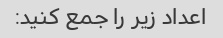
اعداد زیر را جمع کنید: